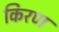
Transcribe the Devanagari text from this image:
किरण